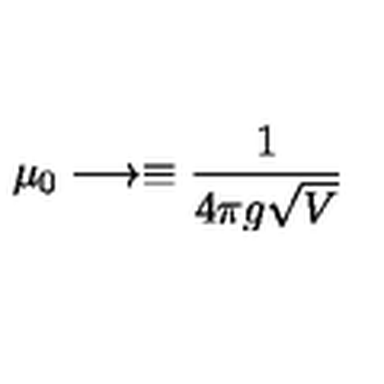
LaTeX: \mu _ { 0 } \longrightarrow \equiv { \frac { 1 } { 4 \pi g \sqrt V } }